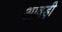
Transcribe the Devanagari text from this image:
आवड़ी